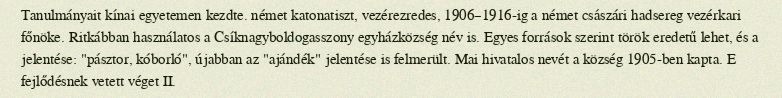
Tanulmányait kínai egyetemen kezdte. német katonatiszt, vezérezredes, 1906–1916-ig a német császári hadsereg vezérkari főnöke. Ritkábban használatos a Csíknagyboldogasszony egyházközség név is. Egyes források szerint török eredetű lehet, és a jelentése: "pásztor, kóborló", újabban az "ajándék" jelentése is felmerült. Mai hivatalos nevét a község 1905-ben kapta. E fejlődésnek vetett véget II.